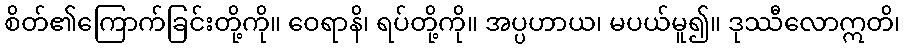
စိတ်၏ကြောက်ခြင်းတို့ကို။ ဝေရာနိ၊ ရပ်တို့ကို။ အပ္ပဟာယ၊ မပယ်မူ၍။ ဒုဿီလောဣတိ၊